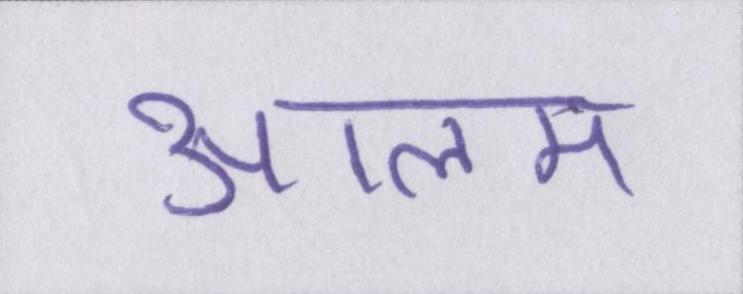
आलम